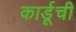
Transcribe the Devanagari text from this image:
कार्डूची